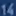
14